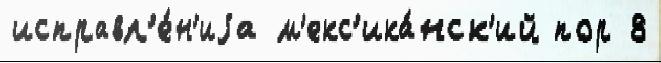
исправл'е́н'иjа м'екс'ика́нск'ий пор 8